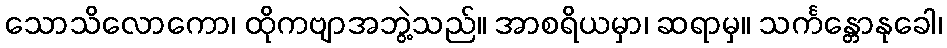
သောသိလောကော၊ ထိုကဗျာအဘွဲ့သည်။ အာစရိယမှာ၊ ဆရာမှ။ သင်္ကန္တောနုခေါ၊